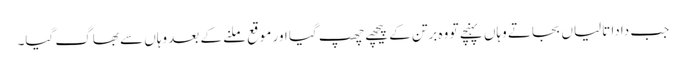
جب دادا تالیاں بجاتے وہاں پہنچے تو وہ برتن کے پیچھے چھپ گیا اور موقع ملنے کے بعد وہاں سے بھاگ گیا۔